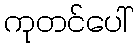
ကုတင်ပေါ်